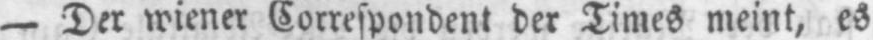
- Der wiener Correspondent der Times meint, es